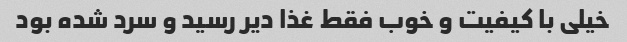
خیلی با کیفیت و خوب فقط غذا دیر رسید و سرد شده بود